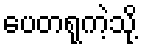
ပေတရုကဲ့သို့